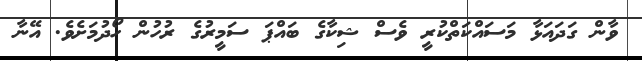
ވާން ގަދައަޅާ މަސައްކަތްކުރީ ވެސް ޝިކާގެ ބައްޕަ ސަމީރުގެ ރުހުން ހޯދުމަށެވެ. އޭނާ